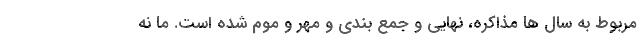
مربوط به سال ها مذاکره، نهایی و جمع بندی و مهر و موم شده است. ما نه